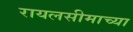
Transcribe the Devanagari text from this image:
रायलसीमाच्या